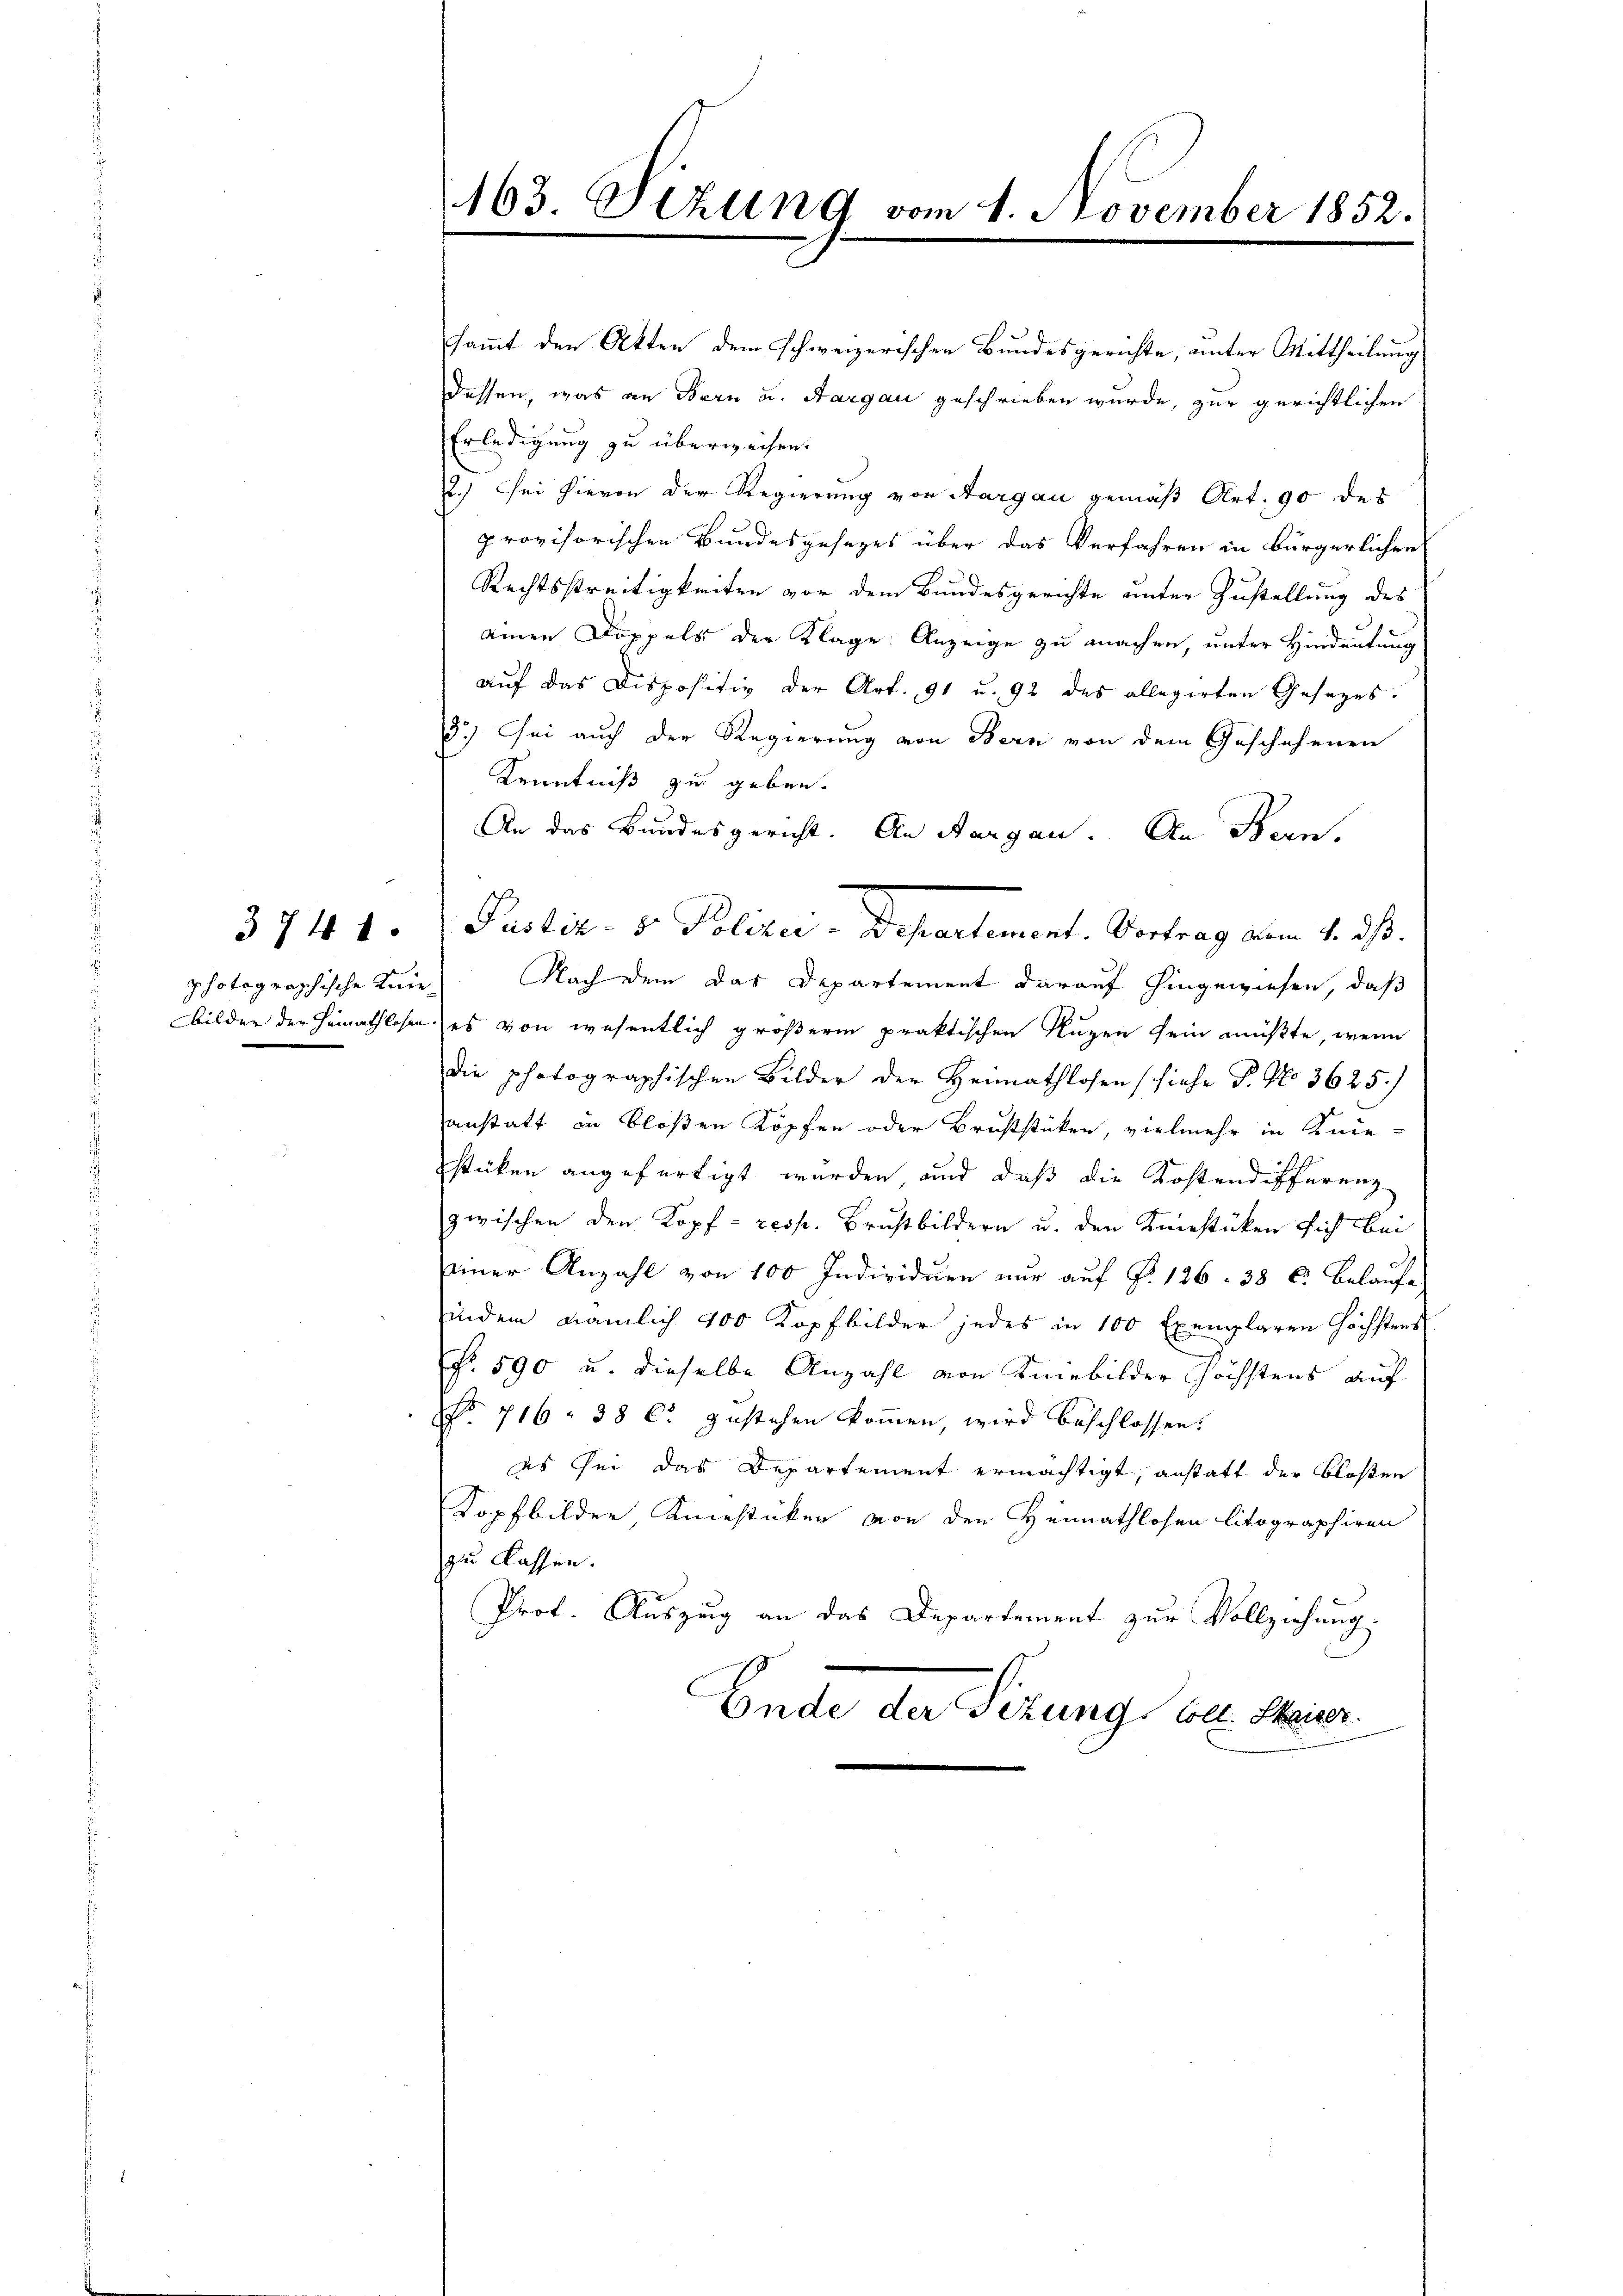
3741.

sammt den Akten dem schweizerischen Bundesgerichte, unter Mittheilung
dessen, was an Bern u. Aargau geschrieben wurde, zur gerichtlichen
Erledigung zu überweisen.
2.) Sei hievon der Regierung von Aargau gemäß Art. 90 des
provisorischen Bundesgesezes über das Verfahren in bürgerlichen
Rechtsstreitigkeiten vor dem Bundesgerichte unter Zustellung des
einen Doppels der Klage Anzeige zu machen, unter Hindeutung
aŭf das Dispositiv der Art. 91 u. 92 des allegirten Gesetzes.
3.) Sei auch der Regierung von Bern von dem Geschehenen
Kenntniß zu geben.
An das Bundesgericht. An Aargau. An Bern,
Pustiz- & Polizei-Departement. Vertrag vom 4. ds.
photographische Knie) Nach dem das Departement darauf hingewiesen, daß
bilder der Hemathlosen es von wesentlich größerem praktischen Nuzen sein müßte, wenn
die photographischen Bilder der Heimathlosen (siehe P. No 3625.)
anstatt in bloßen Köpfen oder Bruststücken, vielmehr in Knie-
stücken angefertigt werden, und daß die Kostendifferenz-
zwischen den Kopf - resp. Brustbildern u. den Künstüken sich bei
einer Anzahl von 100 Individuen nur auf §. 126. 38 C. Belaufe
indem nämlich 400 Kopfbilder jedes in 100 Exemplaren höchstens
No. 590 u. dieselbe Anzahl von Kniebilder höchstens auf
NNo. 716. 38 C. zustehen kommen, wird beschlossen:
es sei das Departement ermächtigt, anstatt der bloßen
Kopfbilder, Kiestücken von den Heimathlosen litographiren
zu lassen.
Prot. Auszug an das Departement zur Vollziehung.
Ende der Sitzungs bez. Steuer

163. Sizung vom 1. November 1852.